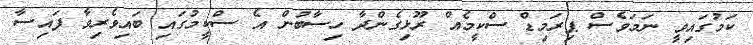
ކަމުގައިވީ ނަމަވެސް ޕިރަމިޑް ސްކީމެއް ރޫޅިގެންދާ ހިސާބުން އެ ސްކީމުގައި ބައިވެރިވާ ފައިސާ